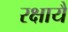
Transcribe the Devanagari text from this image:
रक्षायै